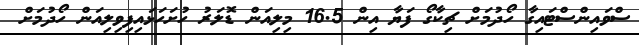
ސްވައިންސްޓައިގާ ހޯދުމަށް ޗިކާގޯ ފަޔާ އިން 16.5 މިލިއަން ޑޮލަރު ހުށަހަޅައިފިވިލިއަން ހޯދުމަށް